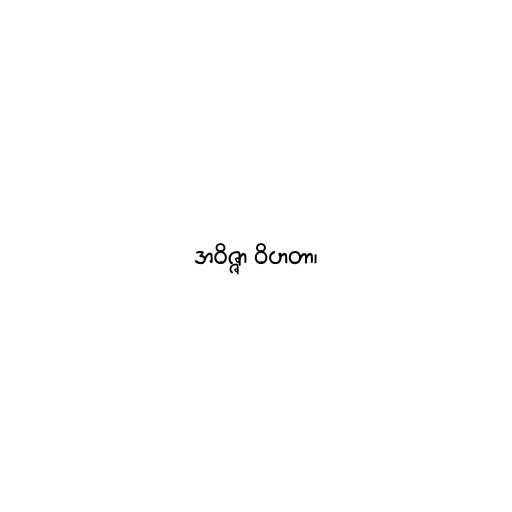
အဝိဇ္ဇာ ဝိဟတာ၊